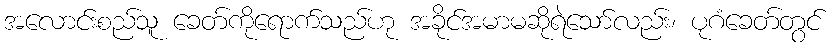
အလောင်းစည်သူ ခေတ်ကိုရောက်သည်ဟု အခိုင်အမာမဆိုရဲသော်လည်း၊ ပုဂံခေတ်တွင်